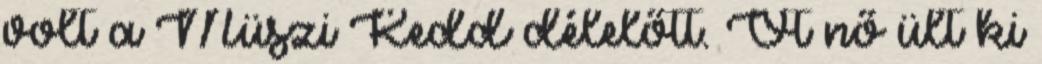
volt a Müszi Kedd délelőtt. Öt nő ült ki